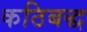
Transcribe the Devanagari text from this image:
कठिबद्ध